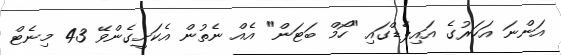
އަންނަ އަހަރުގެ އައިޕެޑްގައި "ހޯމް ބަޓަން" އެއް ނެތުން އެކަށީގެންވޭ 43 މިނެޓް